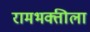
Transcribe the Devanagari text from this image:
रामभक्तीला